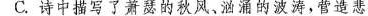
C.诗中描写了萧瑟的秋风，汹涌的波涛，营造悲凉